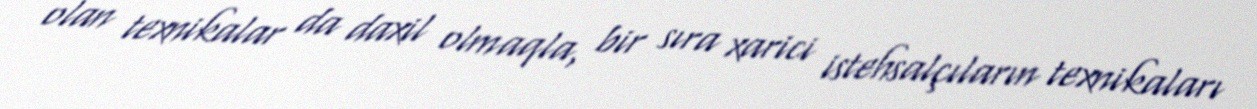
olan texnikalar da daxil olmaqla, bir sıra xarici istehsalçıların texnikaları